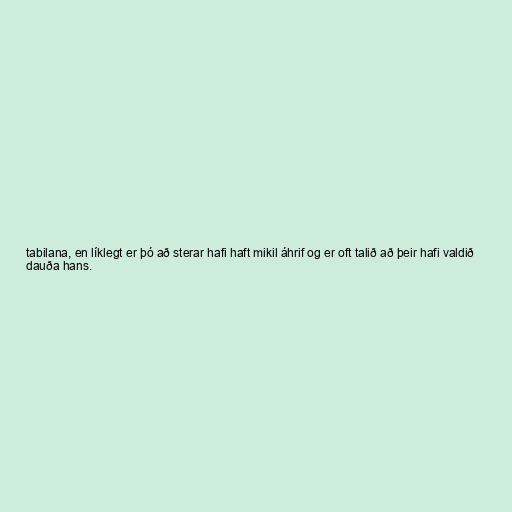
tabilana, en líklegt er þó að sterar hafi haft mikil áhrif og er oft talið að þeir hafi valdið
dauða hans.